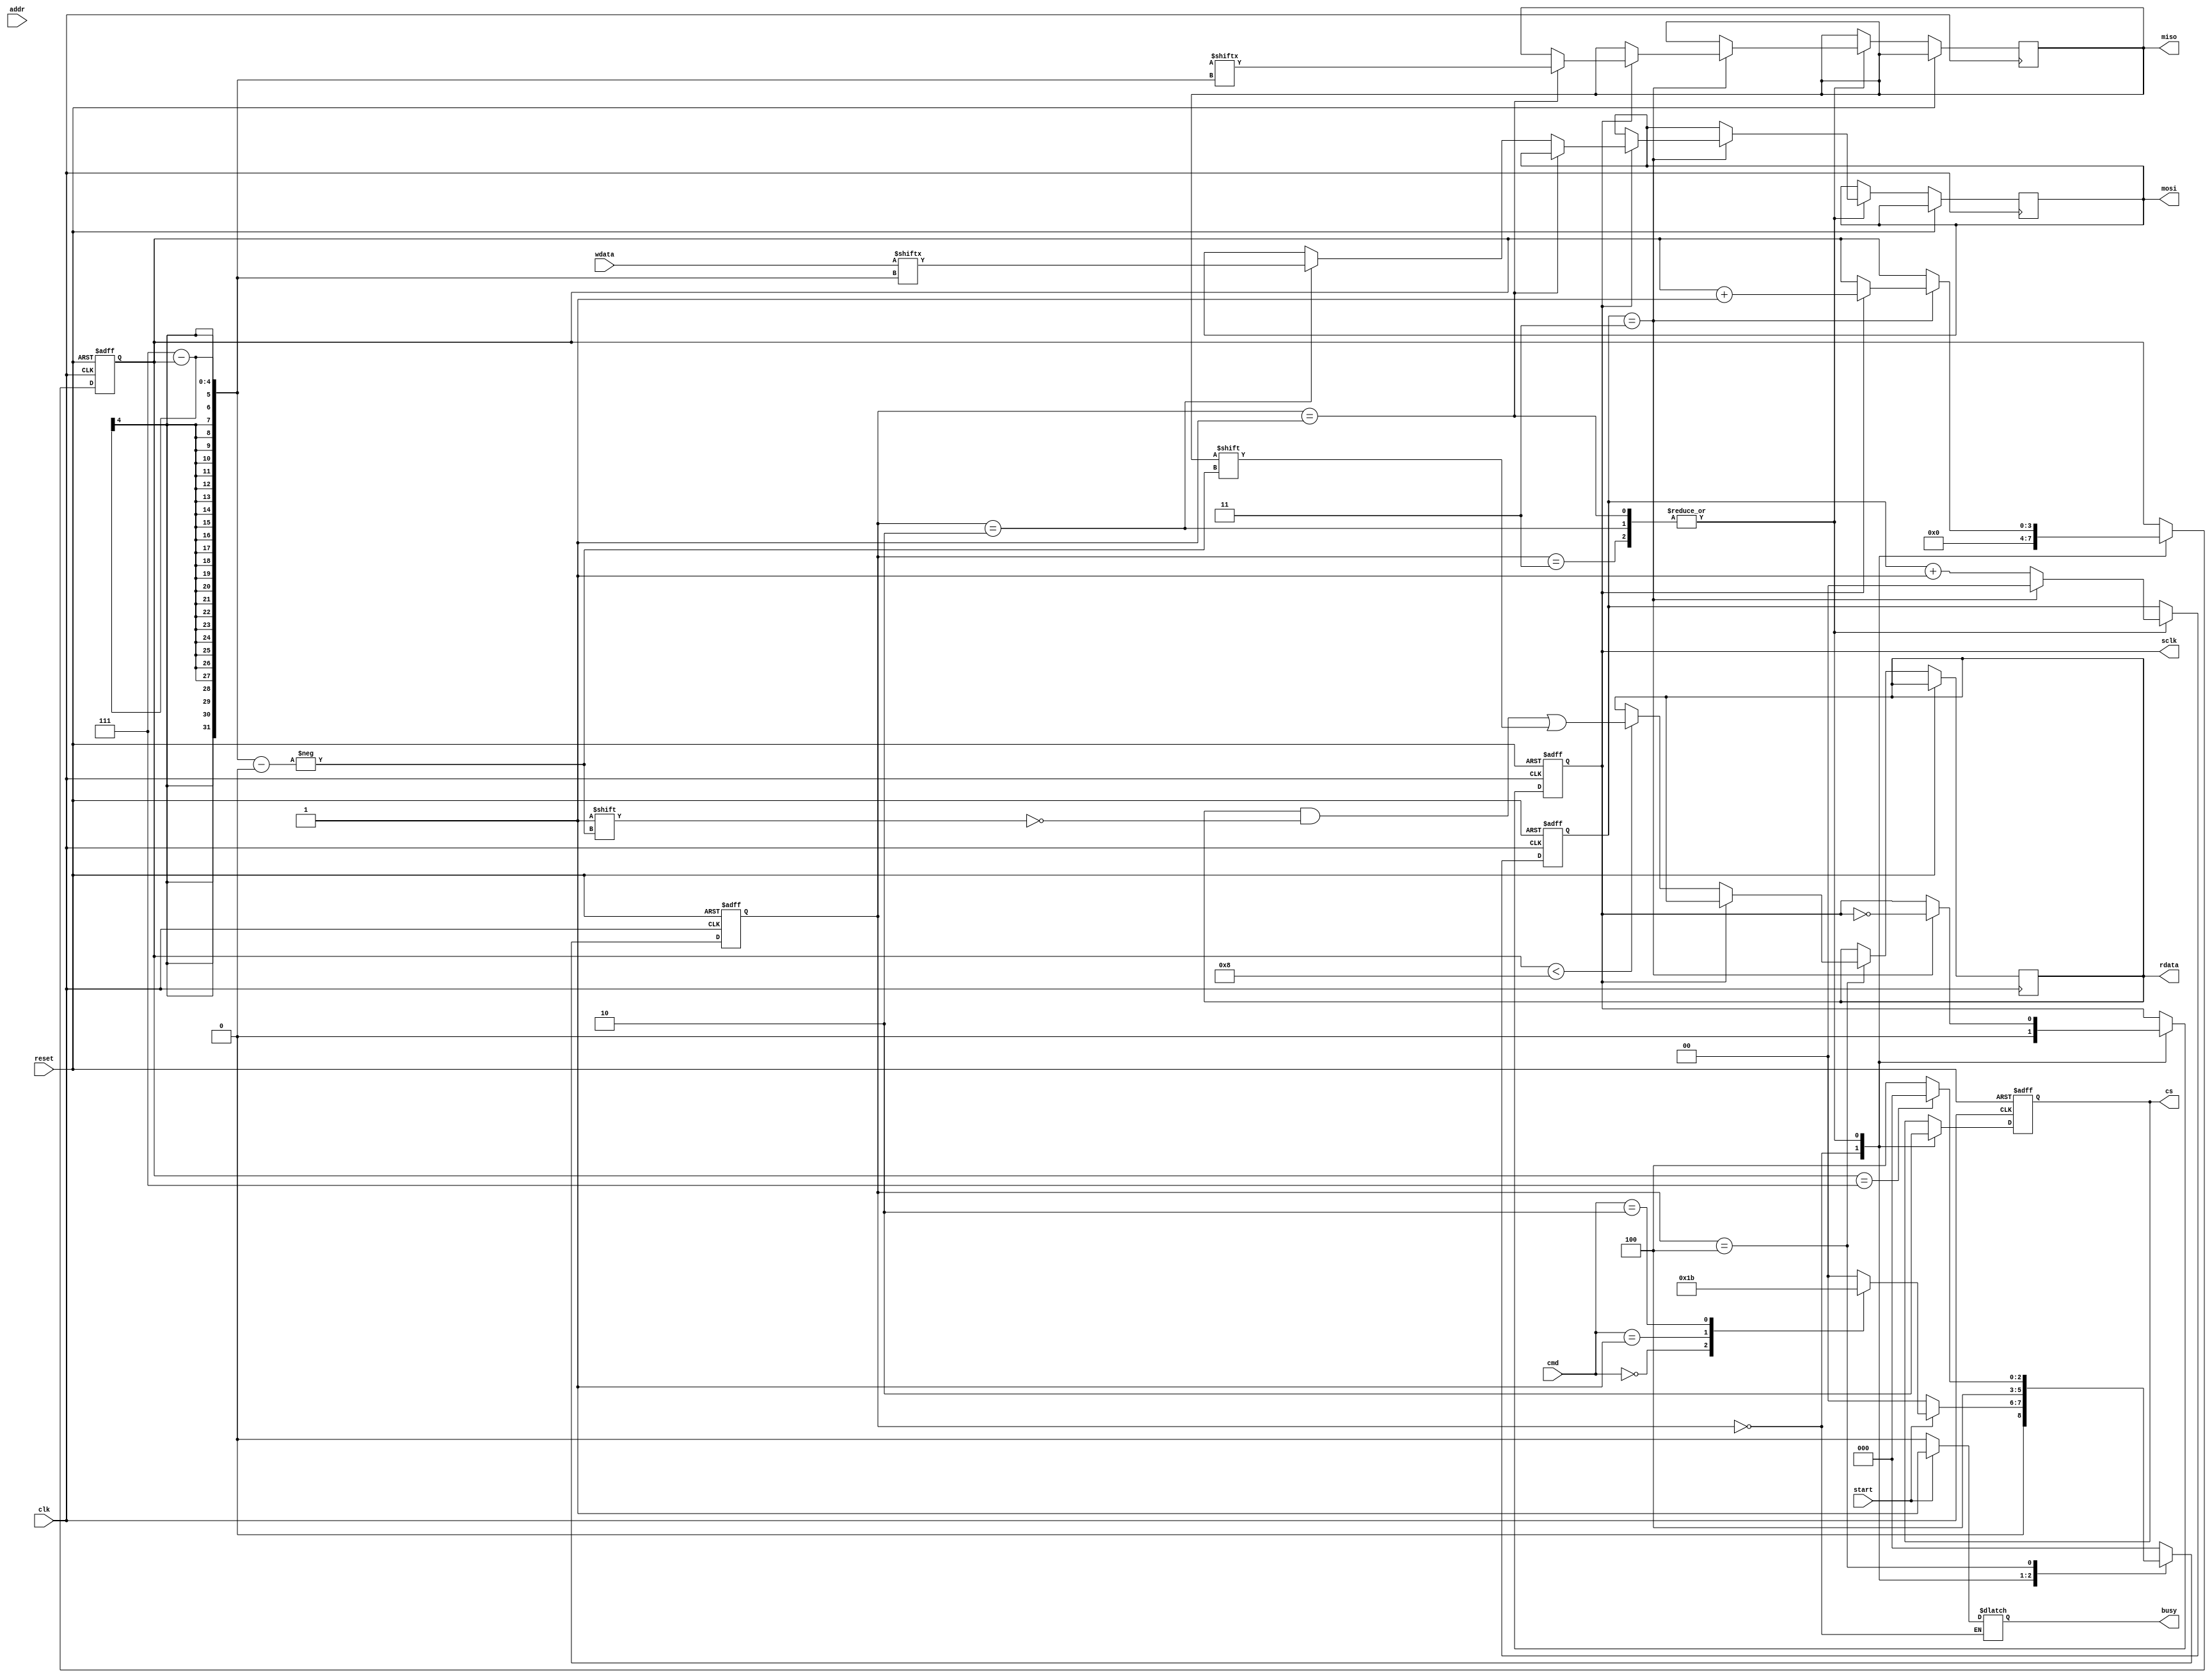
module spi_flash_interface #(
    parameter ADDR_WIDTH = 24, // Address width for the flash memory
    parameter DATA_WIDTH = 8,   // Data width for the flash memory
    parameter CLK_DIV = 4       // SPI clock division factor
)(
    input wire clk,             // System clock
    input wire reset,           // Active-high reset
    input wire start,           // Signal to initiate operation
    input wire [2:0] cmd,      // Command: 0 = Read, 1 = Write, 2 = Erase
    input wire [ADDR_WIDTH-1:0] addr, // Address for read/write/erase
    input wire [DATA_WIDTH-1:0] wdata, // Data to write
    output reg [DATA_WIDTH-1:0] rdata,  // Data read from flash
    output reg busy,            // Busy flag
    output reg miso,            // Master In Slave Out
    output reg mosi,            // Master Out Slave In
    output reg sclk,            // Serial Clock
    output reg cs               // Chip Select (active low)
);

    // State encoding
    localparam IDLE      = 3'b000;
    localparam READ      = 3'b001;
    localparam WRITE     = 3'b010;
    localparam ERASE     = 3'b011;
    localparam TRANSFER  = 3'b100;

    reg [2:0] state, next_state;
    reg [ADDR_WIDTH-1:0] addr_reg;
    reg [DATA_WIDTH-1:0] data_buf;
    reg [3:0] bit_counter; // Bit counter for SPI data transfer
    reg [1:0] clk_div_counter; // Clock divider counter

    // State machine
    always @(posedge clk or posedge reset) begin
        if (reset) begin
            state <= IDLE;
        end else begin
            state <= next_state;
        end
    end

    // Next state logic
    always @(*) begin
        case (state)
            IDLE: begin
                if (start) begin
                    busy = 1;
                    addr_reg = addr;
                    case (cmd)
                        3'b000: next_state = READ;   // Read command
                        3'b001: next_state = WRITE;  // Write command
                        3'b010: next_state = ERASE;  // Erase command
                        default: next_state = IDLE;
                    endcase
                end else begin
                    busy = 0;
                    next_state = IDLE;
                end
            end
            READ: next_state = TRANSFER;
            WRITE: next_state = TRANSFER;
            ERASE: next_state = TRANSFER;
            TRANSFER: begin
                if (bit_counter == DATA_WIDTH - 1) begin
                    next_state = IDLE;
                end else begin
                    next_state = TRANSFER;
                end
            end
            default: next_state = IDLE;
        endcase
    end

    // Control signals
    always @(posedge clk or posedge reset) begin
        if (reset) begin
            bit_counter <= 0;
            clk_div_counter <= 0;
            cs <= 1; // Chip select inactive
            sclk <= 0; // Initial clock state
        end else begin
            case (state)
                IDLE: begin
                    bit_counter <= 0;
                    cs <= 1; // Chip select inactive
                    sclk <= 0; // Initial clock state
                end
                READ, WRITE, ERASE: begin
                    cs <= 0; // Chip select active
                    if (clk_div_counter == CLK_DIV - 1) begin
                        sclk <= ~sclk; // Toggle clock
                        if (sclk) begin
                            if (state == READ) begin
                                miso <= data_buf[DATA_WIDTH - 1 - bit_counter]; // Read data from buffer
                            end else if (state == WRITE) begin
                                mosi <= wdata[DATA_WIDTH - 1 - bit_counter]; // Write data to flash
                            end
                            bit_counter <= bit_counter + 1;
                        end
                        clk_div_counter <= 0;
                    end else begin
                        clk_div_counter <= clk_div_counter + 1;
                    end
                end
                TRANSFER: begin
                    if (sclk == 0) begin
                        // Handle data read for READ operation
                        if (bit_counter < DATA_WIDTH) begin
                            rdata[DATA_WIDTH - 1 - bit_counter] <= miso; // Read data from flash
                        end
                    end
                end
            endcase
        end
    end

endmodule